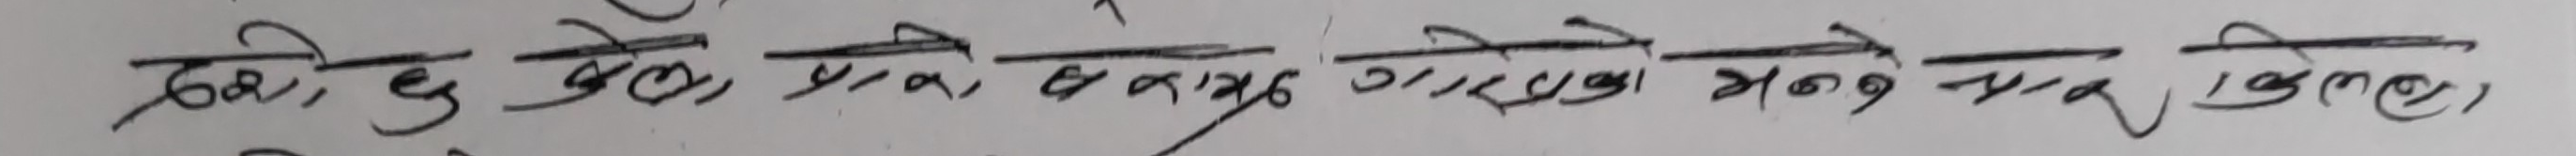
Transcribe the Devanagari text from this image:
दुखै, छु जेठो, मलाई अरुले गरेको अनाज्ञा माफ गरिलान्